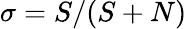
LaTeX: \sigma=S/(S+N)